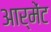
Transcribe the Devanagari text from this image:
आर्मेंट